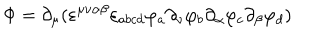
LaTeX: \Phi = \partial _ { \mu } ( \varepsilon ^ { \mu \nu \alpha \beta } \varepsilon _ { a b c d } \varphi _ { a } \partial _ { \nu } \varphi _ { b } \partial _ { \alpha } \varphi _ { c } \partial _ { \beta } \varphi _ { d } )